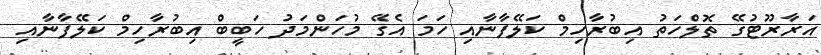
އަރާރޫޓުގޭ ތޮލްހަތު އިބުރާހިމް ކަލޭފާނާއި ހަމަ އެގޭ މުހަންމަދު ހަބީބް އިބުރާހިމް ކަލޭފާނާއި